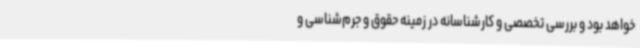
خواهد بود و بررسی تخصصی و کارشناسانه در زمینه حقوق و جرم‌شناسی و